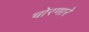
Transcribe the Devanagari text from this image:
चोरणारे